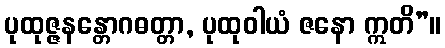
ပုထုဇ္ဇနန္တောဂဓတ္တာ, ပုထုဝါယံ ဇနော ဣတိ”။